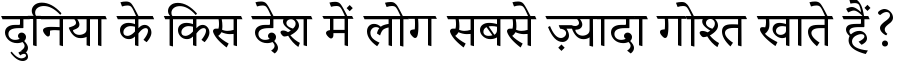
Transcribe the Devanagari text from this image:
दुनिया के किस देश में लोग सबसे ज़्यादा गोश्त खाते हैं?